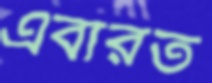
এবারত